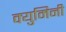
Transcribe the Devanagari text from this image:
क्युमिनी